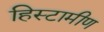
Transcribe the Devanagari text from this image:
हिस्टामीण